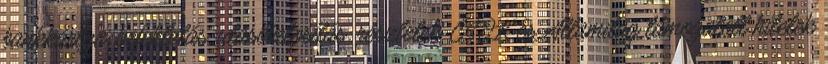
bankkártya, befektetás, utasbiztosítás. részletek CSOK és Államilag támogatott hitelek